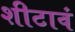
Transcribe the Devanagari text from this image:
शीटावं